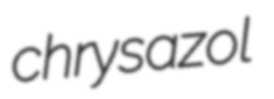
chrysazol